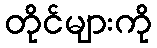
တိုင်များကို